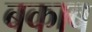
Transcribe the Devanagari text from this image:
बकाब